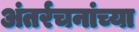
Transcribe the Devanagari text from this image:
अंतर्रचनांच्या